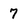
Character: 7